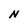
Character: N